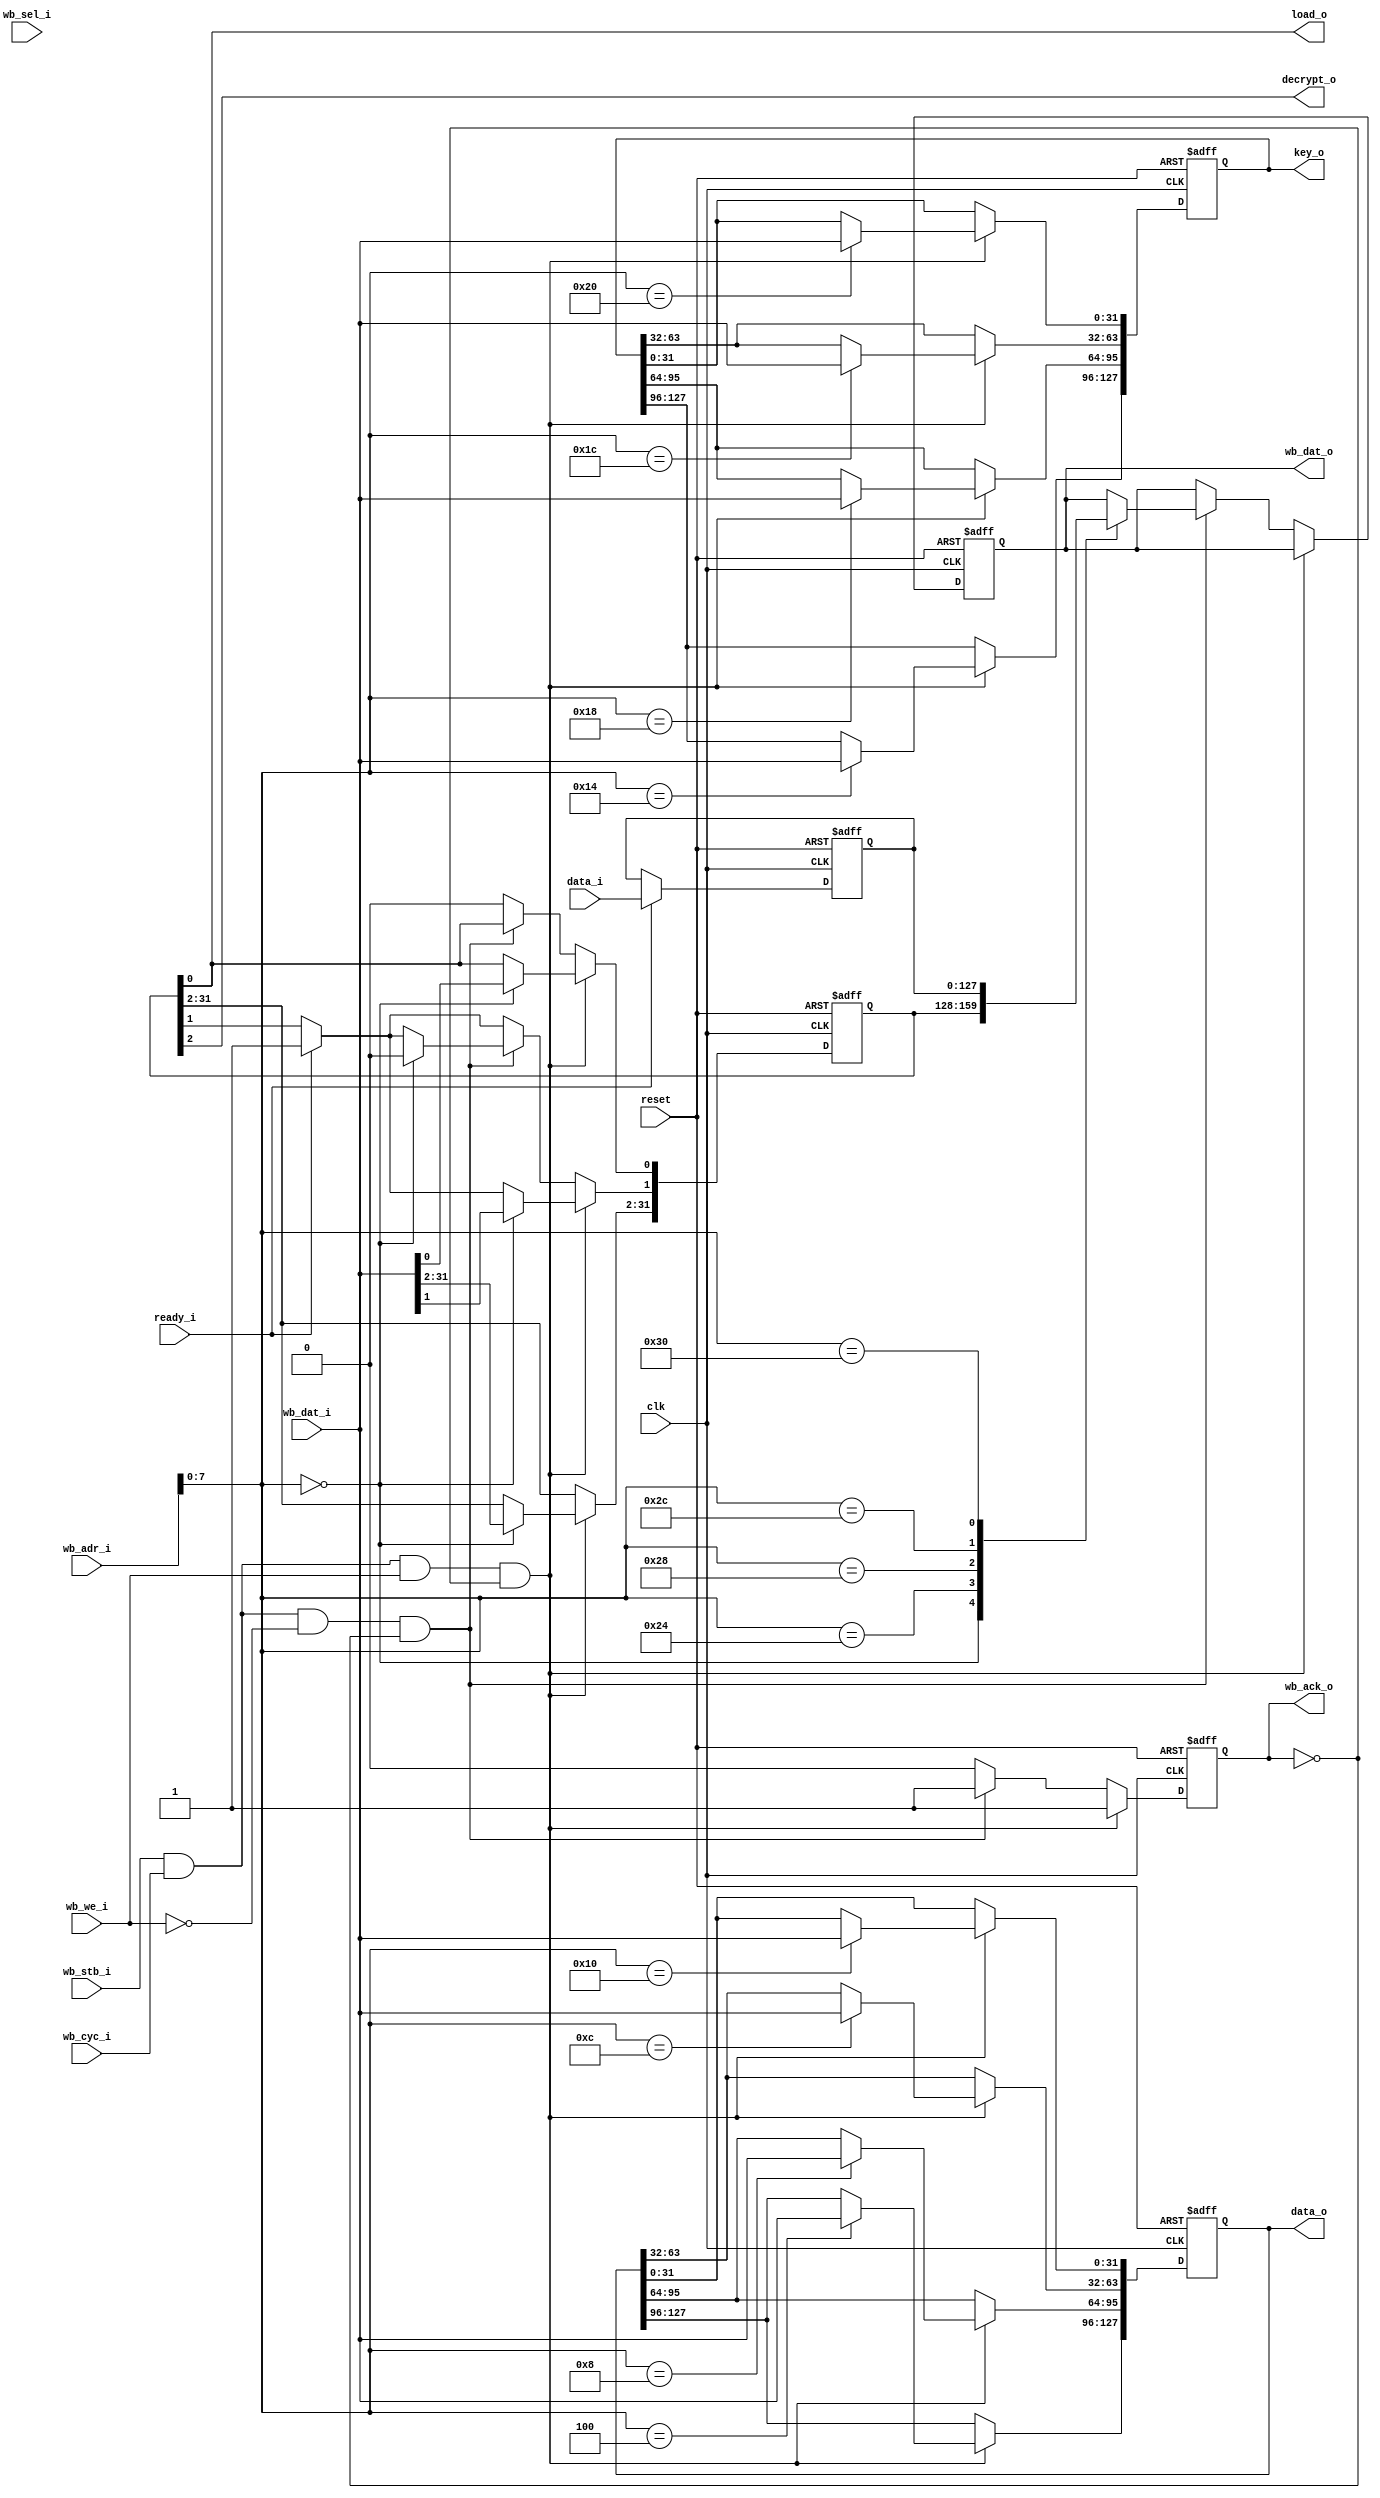
module wb_aes_controller(clk,reset,wb_stb_i,wb_dat_o,wb_dat_i,wb_ack_o,
                         wb_adr_i,wb_we_i,wb_cyc_i,wb_sel_i,
                         load_o,decrypt_o,ready_i,data_o,key_o,data_i);

input         clk;
input         reset;
input         wb_stb_i;
output [31:0] wb_dat_o;
input  [31:0] wb_dat_i;
output        wb_ack_o;
input  [31:0] wb_adr_i;
input         wb_we_i;
input         wb_cyc_i;
input  [3:0]  wb_sel_i;

output         load_o;
output         decrypt_o;
output [127:0] data_o;
output [127:0] key_o;
input  [127:0] data_i;
input          ready_i;

reg  [31:0]  wb_dat_o;
reg          wb_ack_o;

reg  [127:0]  data_o;
reg  [127:0]  key_o;
wire         load_o;
wire         decrypt_o;

reg  [31:0]  control_reg;
reg  [127:0]  cypher_data_reg;

assign load_o = control_reg[0];
assign decrypt_o = control_reg[2];

always @(posedge clk or posedge reset)
begin
     if(reset==1)
     begin
       wb_ack_o<=#1 0;
       wb_dat_o<=#1 0;
       control_reg <= #1 32'h0;
       cypher_data_reg <= #1 127'h0;
       key_o <= #1 127'h0;
       data_o <= #1 127'h0;
     end
     else
     begin
       if(ready_i)
       begin
        control_reg[1] <= #1 1'b1;  
        cypher_data_reg <= #1 data_i;
       end
         
       if(wb_stb_i && wb_cyc_i && wb_we_i && ~wb_ack_o)
       begin
         wb_ack_o<=#1 1;
         case(wb_adr_i[7:0])
             8'h0:
             begin
                 //Writing control register
                 control_reg<= #1 wb_dat_i;
             end
             8'h4:
              begin
                 data_o[127:96]<= #1 wb_dat_i;
             end                 
             8'h8:
             begin
                 data_o[95:64]<= #1 wb_dat_i;
             end                 
			 8'hC:
              begin
                 data_o[63:32]<= #1 wb_dat_i;
             end                 
             8'h10:
             begin
                 data_o[31:0]<= #1 wb_dat_i;
             end                 
             8'h14:
             begin
                 key_o[127:96]<= #1 wb_dat_i;
             end                 
             8'h18:
             begin
                 key_o[95:64]<= #1 wb_dat_i;
             end                 
             8'h1C:
             begin
                 key_o[63:32]<= #1 wb_dat_i;
             end                 
             8'h20:
             begin
                 key_o[31:0]<= #1 wb_dat_i;
             end                 
         endcase
       end
       else if(wb_stb_i && wb_cyc_i && ~wb_we_i && ~wb_ack_o)
       begin
           wb_ack_o<=#1 1;
           case(wb_adr_i[7:0])
             8'h0:
             begin
                 wb_dat_o<= #1 control_reg;
                 control_reg[1]<=1'b0;
             end
             8'h24:
             begin
                 wb_dat_o<= #1 cypher_data_reg[127:96];
             end
             8'h28:
             begin
                 wb_dat_o<= #1 cypher_data_reg[95:64];
             end
			 8'h2C:
             begin
                 wb_dat_o<= #1 cypher_data_reg[63:32];
             end
             8'h30:
             begin
                 wb_dat_o<= #1 cypher_data_reg[31:0];
             end
           endcase
       end
       else
       begin
           wb_ack_o<=#1 0;
           control_reg[0]<= #1 1'b0;
       end

     end
end


endmodule